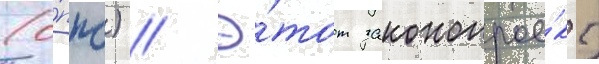
(о́ппс) // Э́тот законопрое́кт